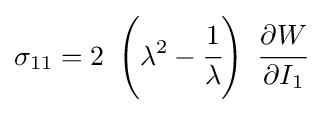
\sigma _{11}=2~\left(\lambda ^{2}-{\cfrac {1}{\lambda }}\right)~{\cfrac {\partial W}{\partial I_{1}}}~